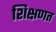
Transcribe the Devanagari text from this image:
शिक्षणत